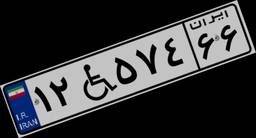
۰۵W۹۲۶۰۱